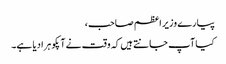
پیارے وزیر اعظم صاحب،
کیا آپ جانتے ہیں کہ وقت نے آپکو ہرا دیا ہے۔